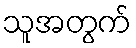
သူအတွက်